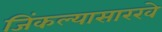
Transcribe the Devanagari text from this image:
जिंकल्यासारखे